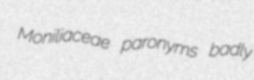
Moniliaceae paronyms badly